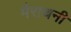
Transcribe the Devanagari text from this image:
मैराथनी